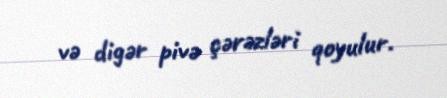
və digər pivə çərəzləri qoyulur.